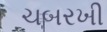
ચબરખી